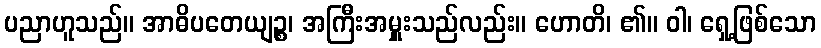
ပညာဟူသည်။ အာဓိပတေယျဉ္စ၊ အကြီးအမှူးသည်လည်း။ ဟောတိ၊ ၏။ ဝါ၊ ရှေ့ဖြစ်သော